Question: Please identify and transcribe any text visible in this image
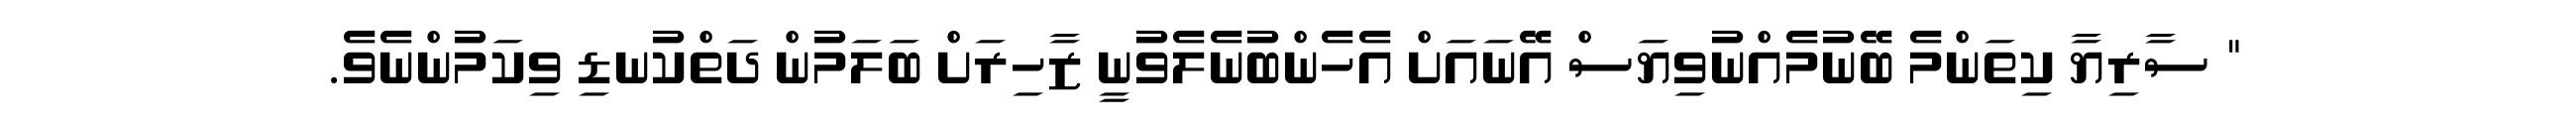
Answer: " ސާރިޔާ ކިތަންމެ ބޭނުމެއްނުވިޔަސް އޭނައަށް އެހެންބުނެލެވުނީ ޒާހިރަށް ބަލަމުން ދަތްކުނޑި ވިކަމުންނެވެ.